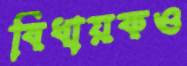
বিধায়কও